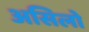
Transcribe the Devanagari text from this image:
असिलो